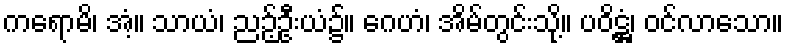
ကရောမိ၊ အံ့။ သာယံ၊ ညဉ့်ဦးယံ၌။ ဂေဟံ၊ အိမ်တွင်းသို့။ ပဝိဋ္ဌံ၊ ဝင်လာသော။